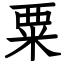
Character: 粟